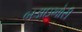
બડાઇખોરી